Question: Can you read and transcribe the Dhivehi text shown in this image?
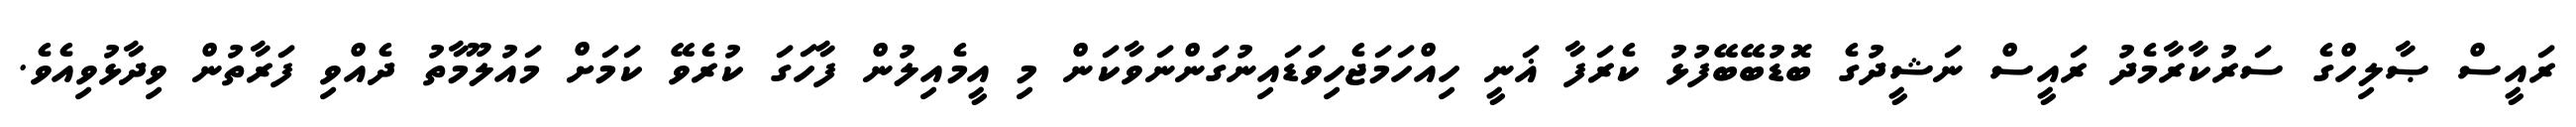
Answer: ރައީސް ޞާލިހްގެ ސަރުކާރާމެދު ރައީސް ނަޝީދުގެ ބޮޑުބޭބޭފުޅު ކެރަފާ ޣަނީ ހިއްހަމަޖެހިވަޑައިނުގަންނަވާކަން މި އީމެއިލުން ފާހަގަ ކުރެވޭ ކަމަށް މައުލޫމާތު ދެއްވި ފަރާތުން ވިދާޅުވިއެވެ.